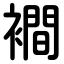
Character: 襇